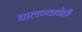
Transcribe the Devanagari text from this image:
घालण्‍याचेही